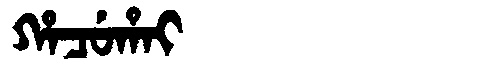
Manchu: ᡥᠠᠴᡠᡥᠠᡳ
Romanization: HACUHAI